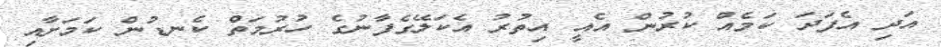
އަދި އެފަދަ ކަމެއް ކުރުން އެއީ އިތުރު އެކަލޭގެފާނުގެ ހުރުމަތް ކެނޑުން ކަމަށާއި